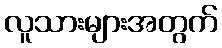
လူသားများအတွက်